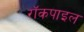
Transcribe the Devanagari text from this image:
रॉकपाइल